Rangoon Lunatic Asylum 1893-1897 - 1893-1897
Year: 1893
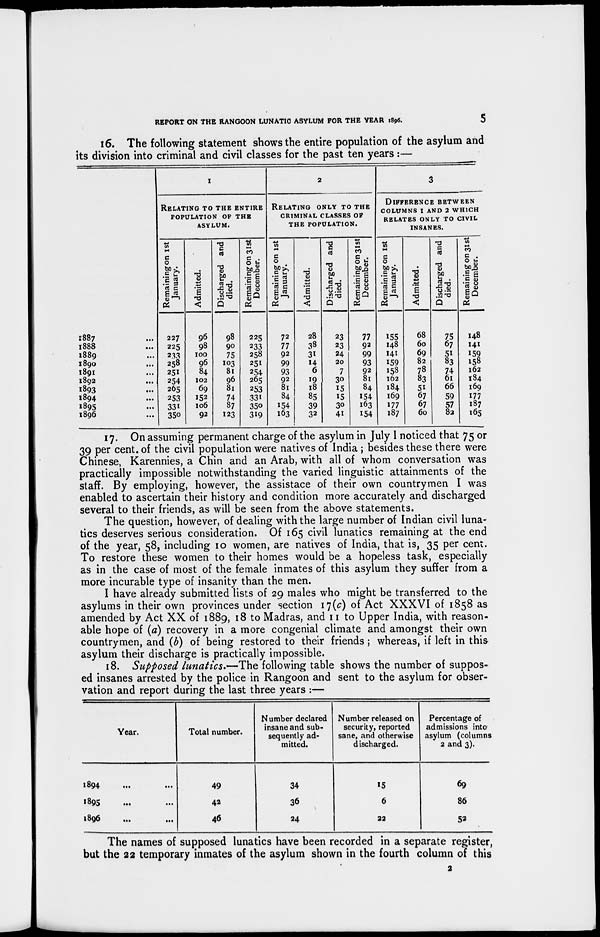
REPORT ON THE RANGOON LUNATIC ASYLUM FOR THE YEAR 1896.
5
16. The following statement shows the entire population of the asylum and
its division into criminal and civil classes for the past ten years :—
1887 ...
1888 ...
1889 ...
1890 ...
1891 ...
1892 ...
1893 ...
1894 ...
1895 ...
1896 ...
1
RELATING TO THE ENTIRE
POPULATION OF THE
ASYLUM.
Remaining on 1st
January.
227
225
233
258
251
254
265
253
331
350
Admitted.
96
98
100
96
84
102
69
152
106
92
Discharged and
died.
98
90
75
103
81
96
81
74
87
123
Remaining on 31st
December.
225
233
258
251
254
265
253
331
350
319
2
RELATING ONLY TO THE
CRIMINAL CLASSES OF
THE POPULATION.
Remaining on 1st
January.
72
77
92
99
93
92
81
84
154
163
Admitted.
28
38
31
14
6
19
18
85
39
32
Discharged and
died.
23
23
24
20
7
30
15
15
30
41
Remaining on 31st
December.
77
92
99
93
92
81
84
154
163
154
3
DIFFERENCE BETWEEN
COLUMNS 1 AND 2 WHICH
RELATES ONLY TO CIVIL
INSANES.
Remaining on 1st
January.
155
148
141
159
158
162
184
169
177
187
Admitted.
68
60
69
82
78
83
51
67
67
60
Discharged and
died.
75
67
51
83
74
61
66
59
57
82
Remaining on 31st
December.
148
141
159
158
162
184
169
177
187
165
17. On assuming permanent charge of the asylum in July I noticed that 75 or
39 per cent. of the civil population were natives of India ; besides these there were
Chinese, Karennies, a Chin and an Arab, with all of whom conversation was
practically impossible notwithstanding the varied linguistic attainments of the
staff. By employing, however, the assistace of their own countrymen I was
enabled to ascertain their history and condition more accurately and discharged
several to their friends, as will be seen from the above statements.
The question, however, of dealing with the large number of Indian civil luna-
tics deserves serious consideration. Of 165 civil lunatics remaining at the end
of the year, 58, including 10 women, are natives of India, that is, 35 per cent.
To restore these women to their homes would be a hopeless task, especially
as in the case of most of the female inmates of this asylum they suffer from a
more incurable type of insanity than the men.
I have already submitted lists of 29 males who might be transferred to the
asylums in their own provinces under section 17(c) of Act XXXVI of 1858 as
amended by Act XX of 1889, 18 to Madras, and 11 to Upper India, with reason-
able hope of (a) recovery in a more congenial climate and amongst their own
countrymen, and (b) of being restored to their friends ; whereas, if left in this
asylum their discharge is practically impossible.
18. Supposed lunatics.—The following table shows the number of suppos-
ed insanes arrested by the police in Rangoon and sent to the asylum for obser-
vation and report during the last three years :—
Year.
1894 ... ... ...
1895 ... ... ...
1896 ... ... ...
Total number.
49
42
46
Number declared
insane and sub-
sequently ad-
mitted.
34
36
24
Number released on
security, reported
sane, and otherwise
discharged.
15
6
22
Percentage of
admissions into
asylum (columns
2 and 3).
69
86
52
The names of supposed lunatics have been recorded in a separate register,
but the 22 temporary inmates of the asylum shown in the fourth column of this
2